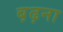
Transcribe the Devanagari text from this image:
ब़ढ़ना